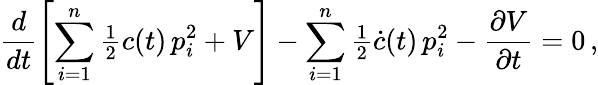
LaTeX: \frac{d}{dt}\left[\sum_{i=1}^{n}{\textstyle\frac{1}{2}}c(t)\, p_{i}^{2}+V\right]-\sum_{i=1}^{n}{\textstyle\frac{1}{2}}\dot{c}(t)\, p_{i}^{2}-\frac{\partial V}{\partial t}=0\, ,